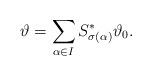
LaTeX: \begin{align*}\vartheta=\sum_{\alpha\in I}S^*_{\sigma(\alpha)}\vartheta_0.\end{align*}